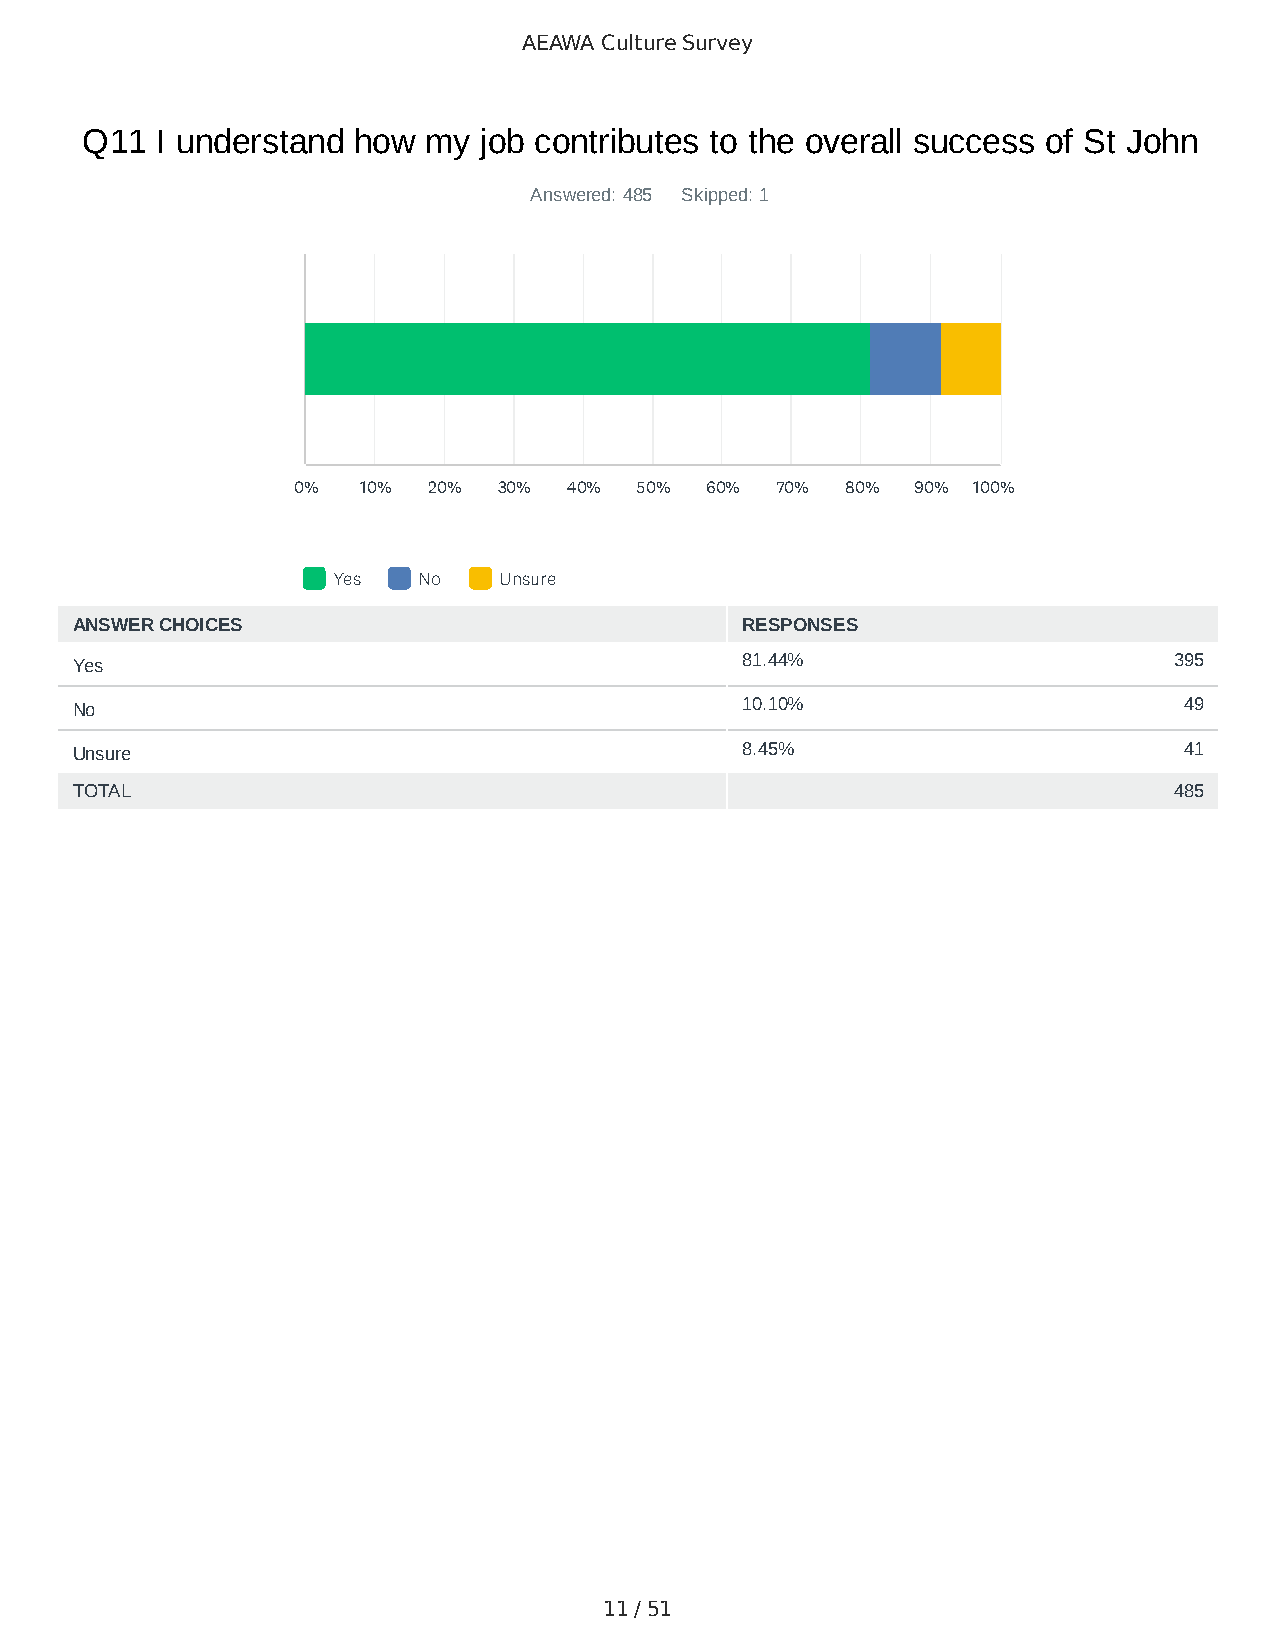
AEAWA Culture Survey
 Q11  I understand how  my  job contributes to the overall success of St John
 Answered: 485 Skipped: 1
 0%   10% 20%  30%  40% 50%  60% 70%  80%  90% 100%
 Yes   No   Unsure
 ANSWER CHOICES                              RESPONSES
 Yes                                         81.44%                       395
 No                                          10.10%                       49
 Unsure                                      8.45%                        41
 TOTAL                                                                    485
 11 / 51